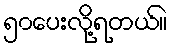
၅၀ပေးလို့ရတယ်။